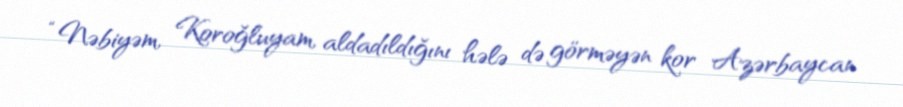
“Nəbiyəm, Koroğluyam, aldadıldığını hələ də görməyən kor Azərbaycan